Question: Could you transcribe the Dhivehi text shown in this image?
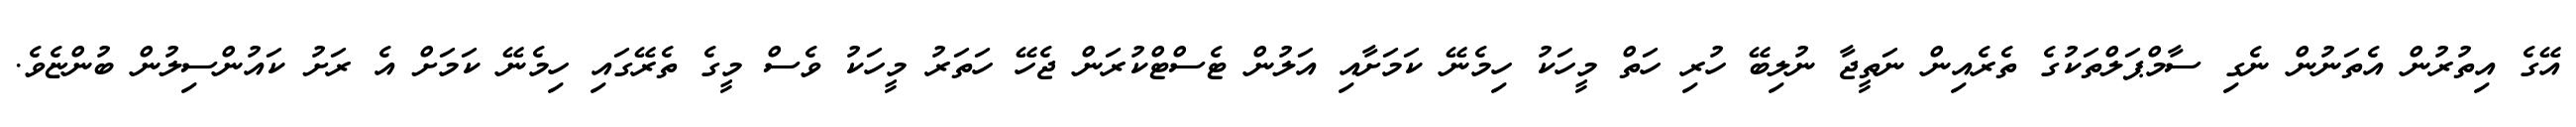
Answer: އޭގެ އިތުރުން އެތަނުން ނެގި ސާމްޕަލްތަކުގެ ތެރެއިން ނަތީޖާ ނުލިބޭ ހުރި ހަތް މީހަކު ހިމެނޭ ކަމަށާއި އަލުން ޓެސްޓްކުރަން ޖެހޭ ހަތަރު މީހަކު ވެސް މީގެ ތެރޭގައި ހިމެނޭ ކަމަށް އެ ރަށު ކައުންސިލުން ބުންޏެވެ.